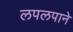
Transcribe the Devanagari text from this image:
लपलपाने